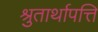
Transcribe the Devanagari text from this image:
श्रुतार्थापत्ति